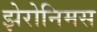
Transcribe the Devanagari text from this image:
झेरोनिमस